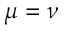
\mu = \nu